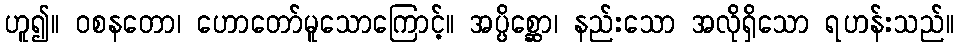
ဟူ၍။ ဝစနတော၊ ဟောတော်မူသောကြောင့်။ အပ္ပိစ္ဆော၊ နည်းသော အလိုရှိသော ရဟန်းသည်။